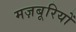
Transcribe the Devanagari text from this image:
मज़बूरियों